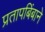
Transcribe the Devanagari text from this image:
प्रतापबिंबाने